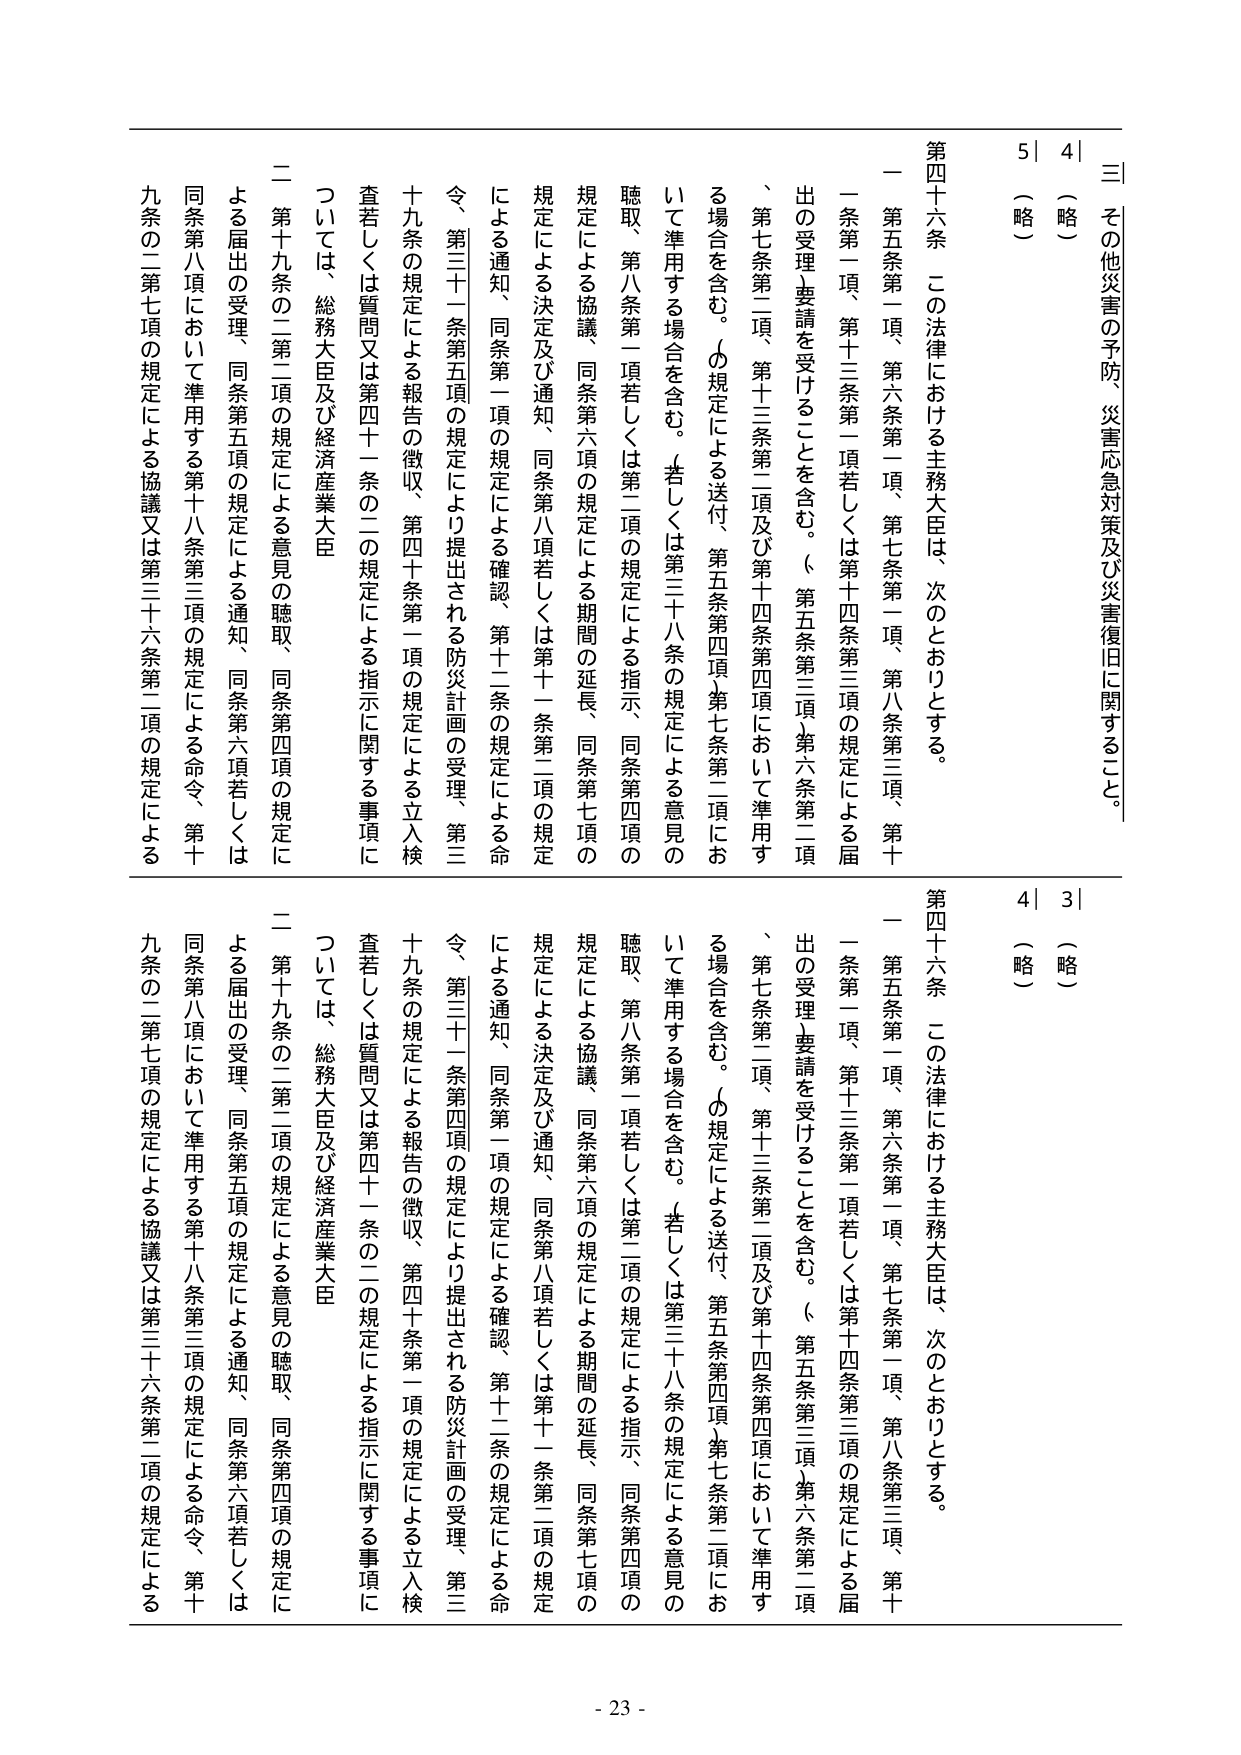
三 その他災害の予防、災害応急対策及び災害復旧に関すること。

4 （略）
5 （略）

第四十六条 この法律における主務大臣は、次のとおりとする。
一 第五条第一項、第六条第一項、第七条第一項、第八条第三項、第十一条第一項、第十三条第一項若しくは第十四条第三項の規定による届出の受理）要請を受けることを含む。（第五条第三項、第六条第二項、第七条第二項、第十三条第二項及び十四条第四項において準用する場合を含む。（の規定による送付、第五条第四項、第七条第二項において準用する場合を含む。（若しくは第三十八条の規定による意見の聴取、第八条第一項若しくは第二項の規定による指示、同条第四項の規定による協議、同条第六項の規定による期間の延長、同条第七項の規定による決定及び通知、同条第八項若しくは第十一条第二項の規定による通知、同条第一項の規定による確認、第十二条の規定による命令、第三十一条第五項の規定により提出される防災計画の受理、第三十九条の規定による報告の徴収、第四十条第一項の規定による立入検査若しくは質問又は第四十一条の二の規定による指示に関する事項については、総務大臣及び経済産業大臣
二 第十九条の二第二項の規定による意見の聴取、同条第四項の規定による届出の受理、同条第五項の規定による通知、同条第六項若しくは同条第八項において準用する第十八条第三項の規定による命令、第十九条の二第七項の規定による協議又は第三十六条第二項の規定による

第四十六条 この法律における主務大臣は、次のとおりとする。
一 第五条第一項、第六条第一項、第七条第一項、第八条第三項、第十一条第一項、第十三条第一項若しくは第十四条第三項の規定による届出の受理）要請を受けることを含む。（第五条第三項、第六条第二項、第七条第二項、第十三条第二項及び十四条第四項において準用する場合を含む。（の規定による送付、第五条第四項、第七条第二項において準用する場合を含む。（若しくは第三十八条の規定による意見の聴取、第八条第一項若しくは第二項の規定による指示、同条第四項の規定による協議、同条第六項の規定による期間の延長、同条第七項の規定による決定及び通知、同条第八項若しくは第十一条第二項の規定による通知、同条第一項の規定による確認、第十二条の規定による命令、第三十一条第四項の規定により提出される防災計画の受理、第三十九条の規定による報告の徴収、第四十条第一項の規定による立入検査若しくは質問又は第四十一条の二の規定による指示に関する事項については、総務大臣及び経済産業大臣
二 第十九条の二第二項の規定による意見の聴取、同条第四項の規定による届出の受理、同条第五項の規定による通知、同条第六項若しくは同条第八項において準用する第十八条第三項の規定による命令、第十九条の二第七項の規定による協議又は第三十六条第二項の規定による

- 23 -